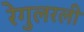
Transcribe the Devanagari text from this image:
रेगुलरली